Annual report of the Punjab Veterinary College and of the Civil Veterinary Department, Punjab - 1909-1919
Year: 1909
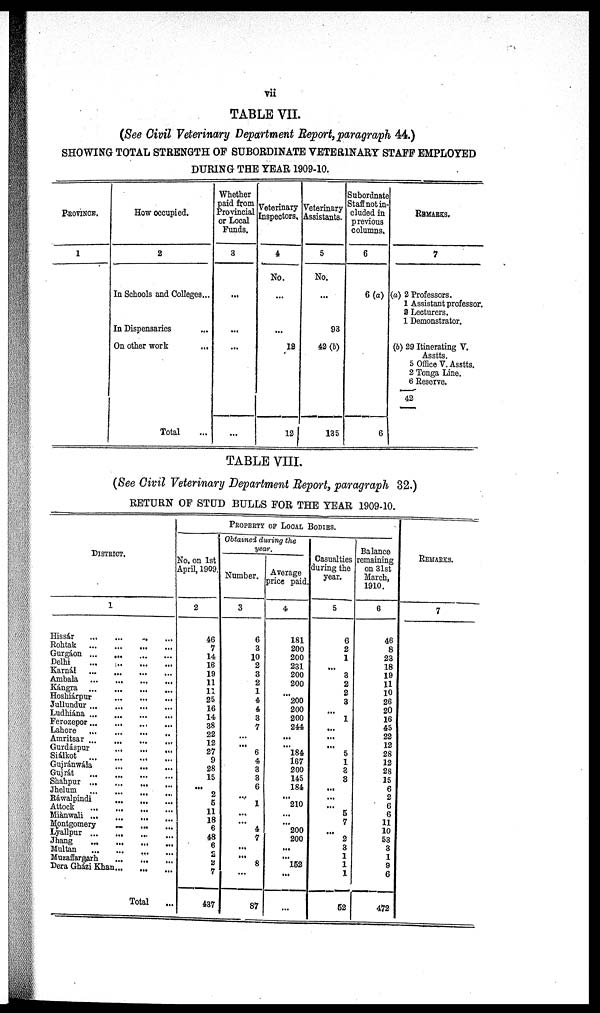
vii
TABLE VII.
(See Civil Veterinary Department Report, paragraph 44.)
SHOWING TOTAL STRENGTH OF SUBORDINATE VETERINARY STAFF EMPLOYED
DURING THE YEAR 1909-10.
PROVINCE.
1
How occupied.
2
In
Schools and Colleges...
In Dispensaries ...
On other work
...
Total …
Whether
paid from
Provincial
or Local
Funds.
3
...
...
...
...
Veterinary
Inspectors.
4
No.
…
...
18
12
Veterinary
Assistants.
5
No.
…
93
42 (b)
135
Subordinate
Staff not in-
cluded in
previous
columns.
6
6 (a)
6
REMARKS.
7
(a) 2 Professors.
1 Assistant professor.
3 Lecturers.
1 Demonstrator.
(b) 29 Itinerating V.
Asstts.
5 Office V. Asstts.
2 Tonga Line.
—
6 Reserve.
42
—
TABLE VIII.
(See Civil Veterinary Department Report, paragraph 32.)
RETURN OF STUD BULLS FOR THE YEAR 1909-10.
DISTRICT.
1
Hissár
...
...
... ...
Rohtak ... ... ... ...
Gurgáon ... ... ... ...
Delhi ... ... ... ...
Karnál
...
...
...
...
Ambala
...
...
...
...
Kángra ...
...
...
...
Hoshiárpur
...
...
...
Jullundur
...
...
...
...
Ludhiána
...
...
...
...
Ferozepor ... ... ... ...
Lahore
...
... ... ...
Amritsar
...
...
...
...
Gurdáspur ... ... ...
Siálkot
...
...
...
...
Gujránwála
...
...
...
Gujrát ... ... ... ...
Shahpur ... ... ... ...
Jhelum ... ... ... ...
Ráwalpindi ... ... ...
Attock ... ... ...
Miànwali ... ... ... ...
Montgomery ... ... ...
Lyallpur ... ... ... ...
Jhang ... ... ... ...
Multan ... ... ... ...
Muzaffargarh ... ... ...
Dera Gházi Khan ... ... ...
Total ...
PROPERTY OF LOCAL BODIES.
No. on 1st
April, 1909.
2
46
7
14
16
19
11
11
25
16
14
38
22
12
27
9
28
15
...
2
5
11
18
6
48
6
2
2
7
437
Obtained during the
year.
Number.
3
6
3
10
2
3
2
1
4
4
3
7
...
...
6
4
3
3
6
...
1
...
...
4
7
...
...
8
...
87
Average
price paid.
4
181
200
200
231
200
200
...
200
200
200
244
...
...
184
167
200
145
184
...
210
...
...
200
200
...
...
152
...
...
Casualties
during the
year.
5
6
2
1
...
3
2
2
3
...
1
...
...
...
5
1
3
3
...
...
... 5
7
...
2
3
1
1
1
52
Balance
remaining
on 31st
March,
1910.
6
46
8
23
18
19
11
10
26
20
16
45
22
12
28
12
28
15
6
2
6
6
11
10
53
3
1
9
6
472
REMARKS.
7